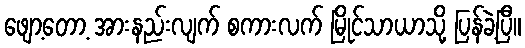
ဖျော့တော့ အားနည်းလျက် စကားလက် မြိုင်သာယာသို့ ပြန်ခဲ့ပြီ။